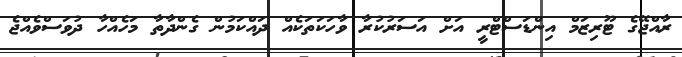
ރާއްޖޭގެ ޓޫރިޒަމް އިންޑަސްޓްރީ އަށް އަސަރުކުރާ ވާހަކަތަކެއް ދައްކަމުން ގެންދާތާ މަހެއްހާ ދުވަސްވެއްޖެ